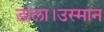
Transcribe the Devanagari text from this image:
डाला।उस्मान